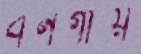
বনগাঁয়